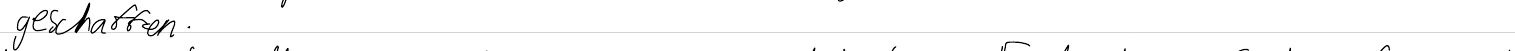
geschaffen.